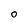
Character: O